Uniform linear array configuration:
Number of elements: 4
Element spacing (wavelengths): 0.75
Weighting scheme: hamming
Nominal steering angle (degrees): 45
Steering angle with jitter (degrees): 45.546
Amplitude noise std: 0.05
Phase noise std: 0.05

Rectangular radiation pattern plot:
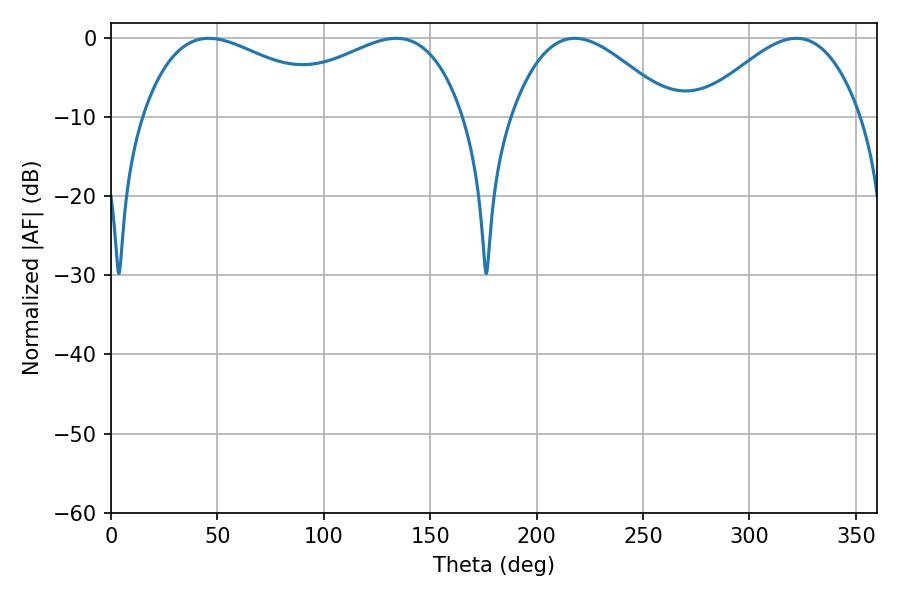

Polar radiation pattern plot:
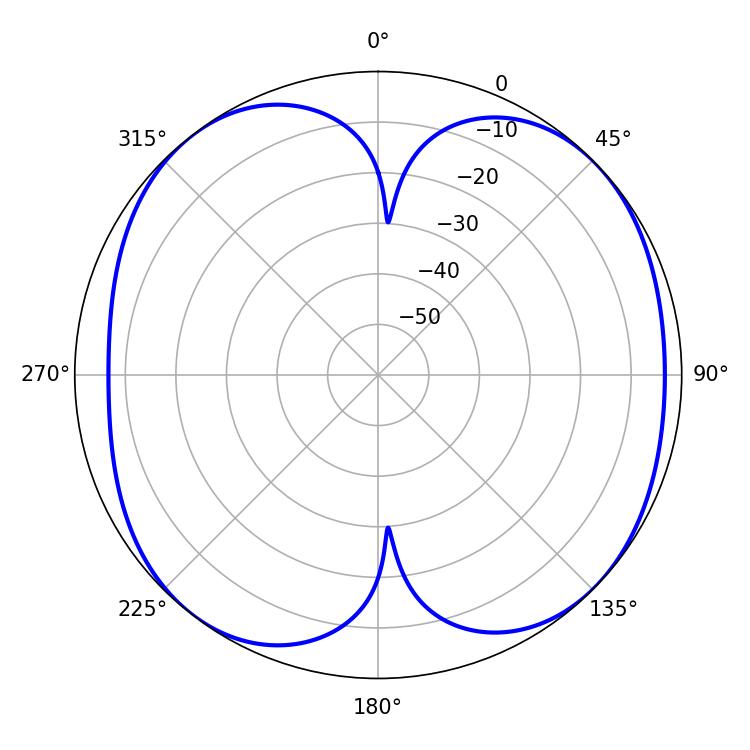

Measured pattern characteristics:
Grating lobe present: TRUE
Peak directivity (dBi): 8.803
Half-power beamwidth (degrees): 53.28
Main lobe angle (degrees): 45.9